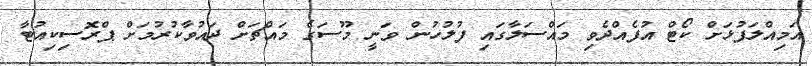
އަމިއްލަފުޅަށް ކޯޓް އުފެއްދެވި މައްސަލާގައި ފުލުހުން ވަނީ މޫސަގެ މައްޗަށް ދައުވާކުރުމަށް ޕްރޮސިކިއުޓާ